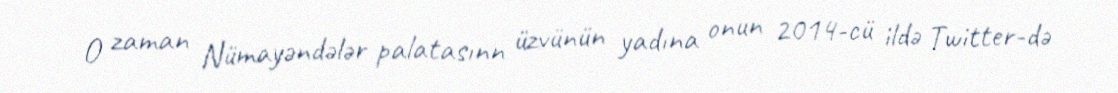
O zaman Nümayəndələr palatasınn üzvünün yadına onun 2014-cü ildə Twitter-də